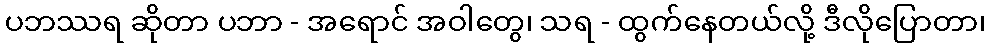
ပဘဿရ ဆိုတာ ပဘာ - အရောင် အဝါတွေ၊ သရ - ထွက်နေတယ်လို့ ဒီလိုပြောတာ၊